Annual vaccination report of Bihar and Orissa - 1911-1928
Year: 1911
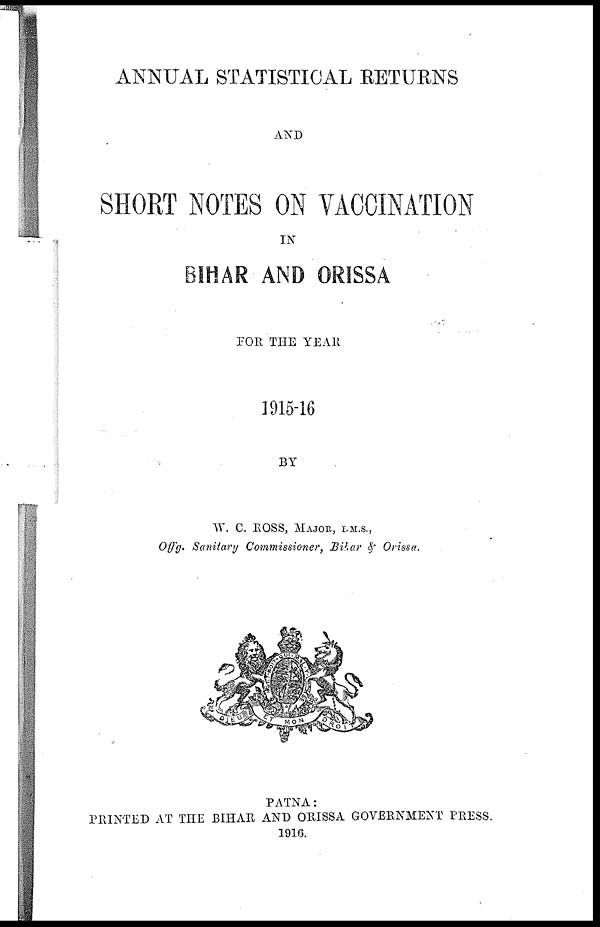
ANNUAL STATISTICAL RETURNS
AND
SHORT NOTES ON VACCINATION
IN
BIHAR AND ORISSA
FOR THE YEAR
1915-16
BY
W. C. ROSS, MAJOR, I.M.S.,
Offg. Sanitary Commissioner, Bihar & Orissa.
PATNA:
PRINTED AT THE BIHAR AND ORISSA GOVERNMENT PRESS.
1916.